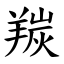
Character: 羰